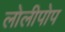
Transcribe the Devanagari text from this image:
लोलीपोप